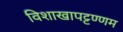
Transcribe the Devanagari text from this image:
विशाखापट्टण्णम